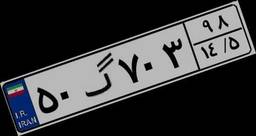
۵۰گ۷۰۳۹۸